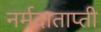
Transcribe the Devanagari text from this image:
नर्मदाताप्ती